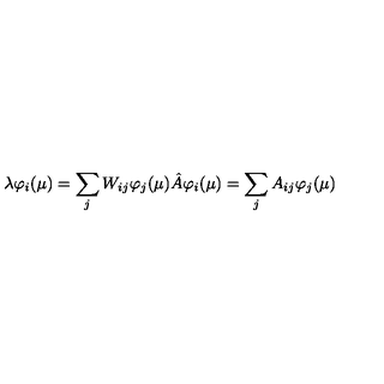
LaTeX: \lambda \varphi _ { i } ( \mu ) = \sum _ { j } W _ { i j } \varphi _ { j } ( \mu ) \hat { A } \varphi _ { i } ( \mu ) = \sum _ { j } A _ { i j } \varphi _ { j } ( \mu )